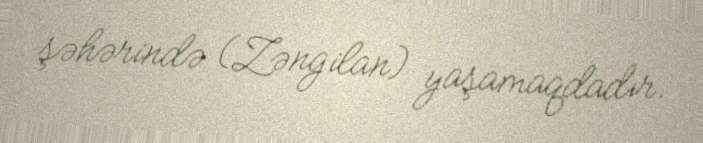
şəhərində (Zəngilan) yaşamaqdadır.